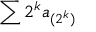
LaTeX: \sum 2 ^ { k } a _ { ( 2 ^ { k } ) }